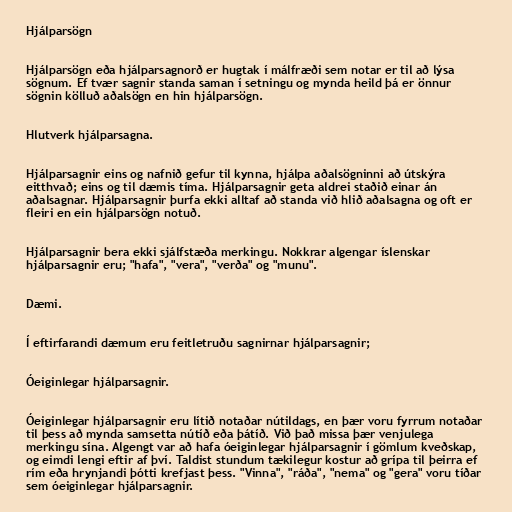
Hjálparsögn

Hjálparsögn eða hjálparsagnorð er hugtak í málfræði sem notar er til að lýsa
sögnum. Ef tvær sagnir standa saman í setningu og mynda heild þá er önnur
sögnin kölluð aðalsögn en hin hjálparsögn.

Hlutverk hjálparsagna.

Hjálparsagnir eins og nafnið gefur til kynna, hjálpa aðalsögninni að útskýra
eitthvað; eins og til dæmis tíma. Hjálparsagnir geta aldrei staðið einar án
aðalsagnar. Hjálparsagnir þurfa ekki alltaf að standa við hlið aðalsagna og oft er
fleiri en ein hjálparsögn notuð.

Hjálparsagnir bera ekki sjálfstæða merkingu. Nokkrar algengar íslenskar
hjálparsagnir eru; "hafa", "vera", "verða" og "munu".

Dæmi.

Í eftirfarandi dæmum eru feitletruðu sagnirnar hjálparsagnir;

Óeiginlegar hjálparsagnir.

Óeiginlegar hjálparsagnir eru lítið notaðar nútildags, en þær voru fyrrum notaðar
til þess að mynda samsetta nútíð eða þátíð. Við það missa þær venjulega
merkingu sína. Algengt var að hafa óeiginlegar hjálparsagnir í gömlum kveðskap,
og eimdi lengi eftir af því. Taldist stundum tækilegur kostur að grípa til þeirra ef
rím eða hrynjandi þótti krefjast þess. "Vinna", "ráða", "nema" og "gera" voru tíðar
sem óeiginlegar hjálparsagnir.